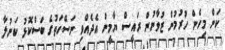
ކަން މިހެން ހުރުމުން ޒުވާނުން ރައީސް ޔާމީން އެދެއްވި ނަސޭހަތުގެ ބަސްކޮޅު ކަނުލާ